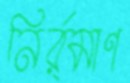
নির্র্মাণ